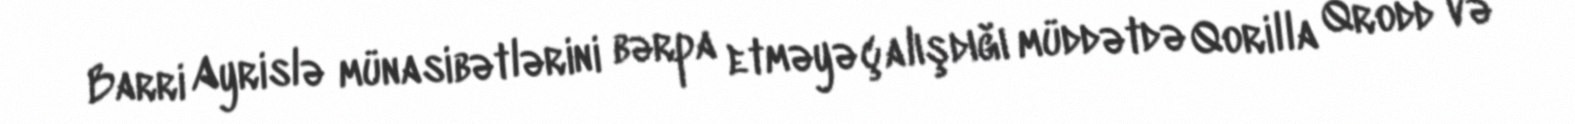
Barri Ayrislə münasibətlərini bərpa etməyə çalışdığı müddətdə Qorilla Qrodd və